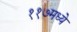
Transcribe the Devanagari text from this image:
११७मध्ये